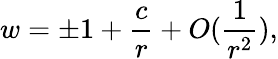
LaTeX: w=\pm 1+\frac{c}{r}+O(\frac{1}{r^{2}}),